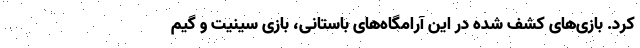
کرد. بازی‌های کشف شده در این آرامگاه‌های باستانی، بازی سینیت و گیم